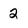
Character: 2